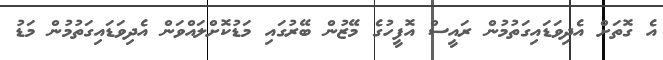
އެ ގޮތަށް އެދިވަޑައިގަތުމުން ރައީސް އޮފީހުގެ މޭޒުން ބޭރުގައި މަޑުކޮށްލައްވަން އެދިވަޑައިގަތުމުން މަޑު